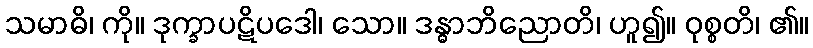
သမာဓိ၊ ကို။ ဒုက္ခာပဋိပဒေါ၊ သော။ ဒန္ဓာဘိညောတိ၊ ဟူ၍။ ဝုစ္စတိ၊ ၏။